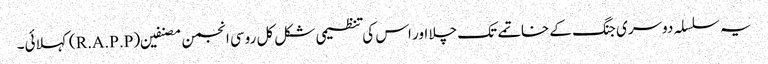
یہ سلسلہ دوسری جنگ کے خاتمے تک چلا اور اس کی تنظیمی شکل کل روسی انجمن مصنفین (R.A.P.P) کہلائی۔